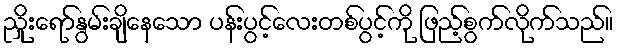
ညှိုးရော်နွမ်းချိနေသော ပန်းပွင့်လေးတစ်ပွင့်ကို ဖြည့်စွက်လိုက်သည်။